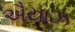
ઐયાઝ